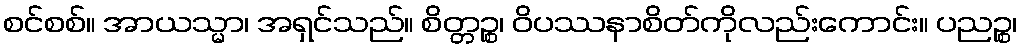
စင်စစ်။ အာယသ္မာ၊ အရှင်သည်။ စိတ္တဉ္စ၊ ဝိပဿနာစိတ်ကိုလည်းကောင်း။ ပညဉ္စ၊